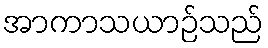
အာကာသယာဉ်သည်